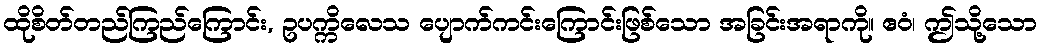
ထိုစိတ်တည်ကြည်ကြောင်း, ဥပက္ကိလေသ ပျောက်ကင်းကြောင်းဖြစ်သော အခြင်းအရာကို။ ဧဝံ၊ ဤသို့သော